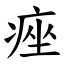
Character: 痤